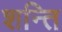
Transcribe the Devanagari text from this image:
शन्ति